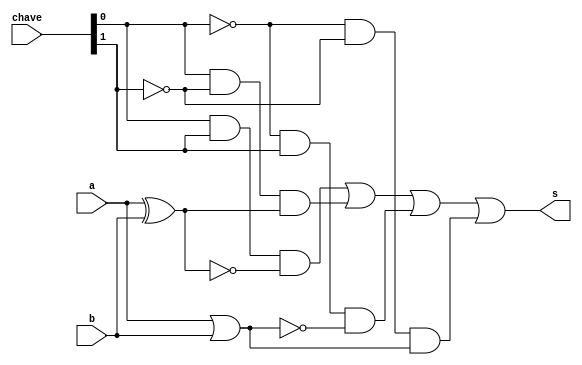
// ------------------------------------------------------------ 
// Exemplo0034 - F4
// Nome: Felipe Torres
	
// ------------------------------------------------------------- 
// f4_gate 
// ------------------------------------------------------------- 
	
	module f4 (output s, input a, input b, input [1:0] chave);

	wire S_And1;
	wire S_And2;
	wire S_And3;
	wire S_And4;
	wire S_Not1;
	wire S_Not2;
	wire S_Xnor1;
	wire S_Xor1;
	wire S_Nor1;
	wire S_Or1;

	// ----------------------- declarando as variaveis -------------------------
	
	and ANDa(S_And1, chave[0], chave[1], S_Xnor1);
 	and ANDb(S_And2, chave[0], S_Not2, S_Xor1);
 	and ANDc(S_And3, S_Not1, chave[1] , S_Nor1);
 	and ANDd(S_And4, S_Not1, S_Not2, S_Or1);
 
 	or ORa(S_Or1, a, b);
 	or ORd(s, S_And1, S_And2, S_And3, S_And4);

 	xnor XNORa(S_Xnor1, a, b);

	xor XORa(S_Xor1, a, b);
	 
 	nor NORa(S_Nor1, a, b);
 
 	not NOTa(S_Not1, chave[0]);
 	not NOTb(S_Not2, chave[1]);
        
	endmodule // f4
	
 module test_f4; 
 // ------------------------- definindo os dados ----------------------------- 
 reg x; 
 reg y; 
 reg [1:0] ch;
 wire s; 
 
 f4 modulo (s, x, y, ch);
 
initial begin 

	//----------------------- identificador -----------------------------------
	$display("Exemplo0034 - Felipe Torres - 412738"); 
	$display("Test LU's module"); 

	#1 x = 0; y = 0; ch = 00; 
	$monitor("Resultado chave = %2b\n x = %1b \t y = %1b \t Resultado -> %1b\n", ch, x, y, s);
   #1 x = 0; y = 1; ch = 10;  
   #1 x = 0; y = 0; ch = 11;
   #1 x = 1; y = 1; ch = 01; 
	#1 x = 1; y = 0; ch = 11;
   #1 x = 1; y = 1; ch = 10; 

 end 
 endmodule // test_f4